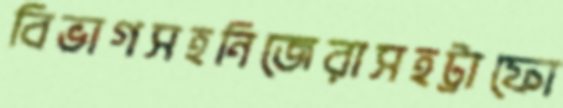
বিভাগসহনিজেরাসহট্রাফো